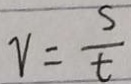
v = \frac { s } { t }